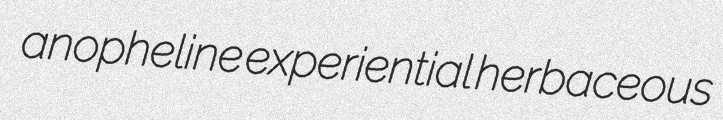
anopheline experiential herbaceous